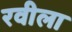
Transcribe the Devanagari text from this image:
रवीला